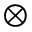
\otimes